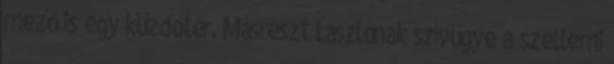
mező is egy küzdőtér. Másrészt Lászlónak szívügye a szellemi